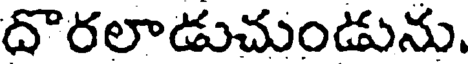
దొరలాడుచుండును.